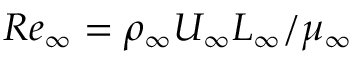
R e _ { \infty } = \rho _ { \infty } U _ { \infty } L _ { \infty } / \mu _ { \infty }